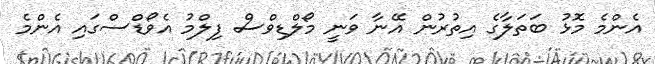
އެންމެ މޮޅު ބަތަލާގެ އިތުރުން އޭނާ ވަނީ މޯލްޑިވްސް ފިލްމު އެވޯޑްސްގައި އެންމެ